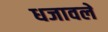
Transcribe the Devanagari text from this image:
धजावले